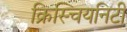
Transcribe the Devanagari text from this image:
क्रिस्चियनिटी